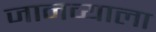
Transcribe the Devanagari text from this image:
जानव्याला